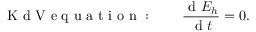
\mathrm { ~ K ~ d ~ V ~ e ~ q ~ u ~ a ~ t ~ i ~ o ~ n ~ : ~ } \qquad \frac { \mathrm { ~ d ~ } E _ { h } } { \mathrm { ~ d ~ } t } = 0 .